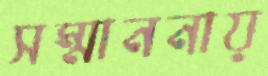
সম্মাননায়